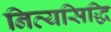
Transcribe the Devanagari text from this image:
नित्यसिद्धि